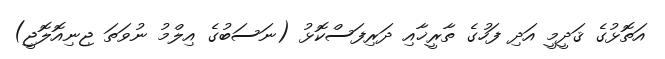
އަތޮޅުގެ ޤަދީމީ އަދި ފަހުގެ ތާރީޚާއި ދަރިފަސްކޮޅު (ނަސަބުގެ އިލްމު ނުވަތަ ޖިނިއޮލޮޖީ)